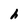
Character: h